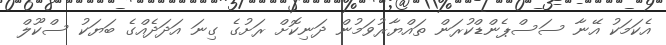
އެކަމަކު އޭނާ ސަސްޕެންޑްކުރަން ތައްޔާރުވަމުން ދަނިކޮށް ރަށުގެ ގިނަ އަދަދެއްގެ ބަޔަކު ސްކޫލް